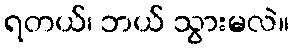
ရတယ်၊ ဘယ် သွားမလဲ။